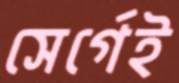
সের্গেই